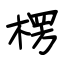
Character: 楞